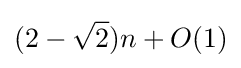
(2-{\sqrt {2}})n+O(1)